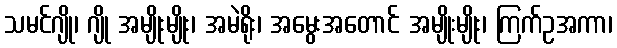
သမင်ဂျို၊ ဂျို အမျိုးမျိုး၊ အမဲရိုး၊ အမွေးအတောင် အမျိုးမျိုး၊ ကြက်ဥအကာ၊